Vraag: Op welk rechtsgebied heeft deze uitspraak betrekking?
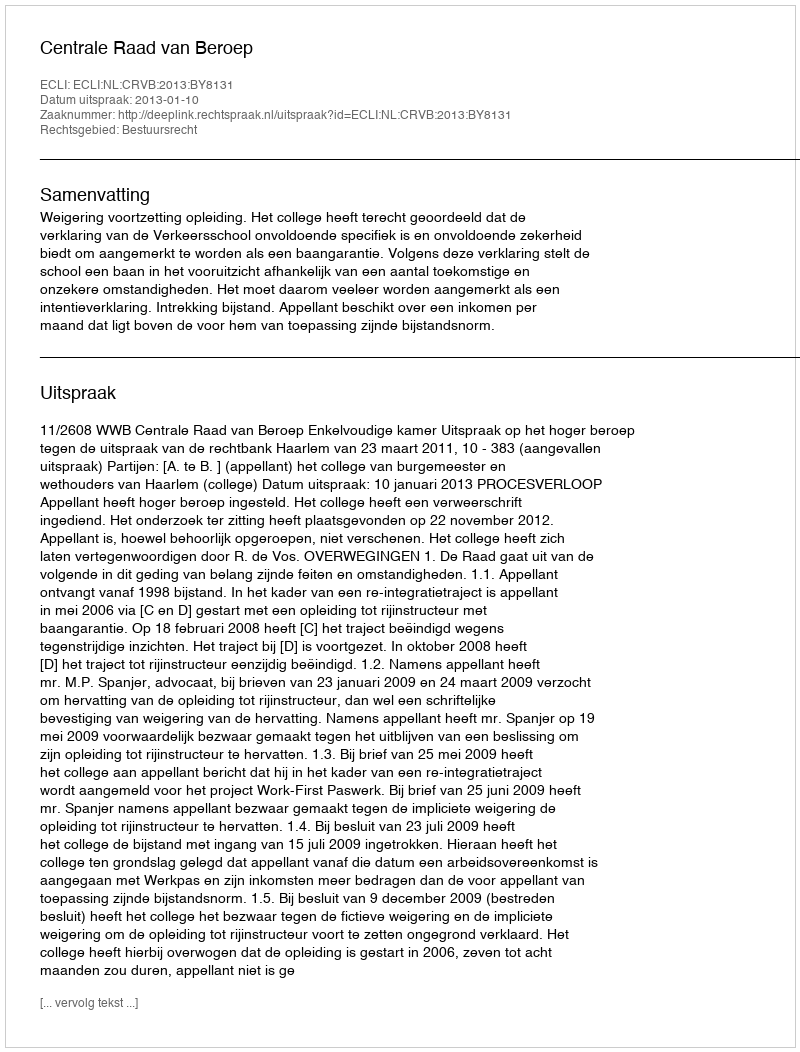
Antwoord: Bestuursrecht